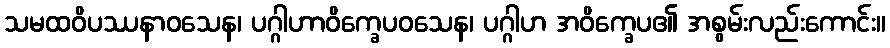
သမထဝိပဿနာဝသေန၊ ပဂ္ဂါဟာဝိက္ခေပဝသေန၊ ပဂ္ဂါဟ အဝိက္ခေပ၏ အစွမ်းလည်းကောင်း။